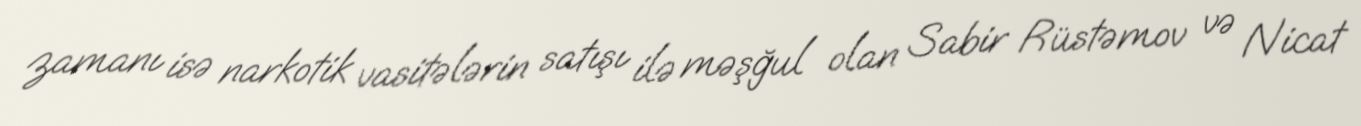
zamanı isə narkotik vasitələrin satışı ilə məşğul olan Sabir Rüstəmov və Nicat